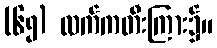
(၆၅) လက်ကတီးကြား၌။